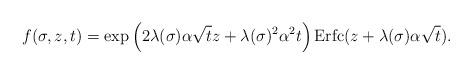
LaTeX: \begin{align*}f(\sigma,z,t)= \exp\left(2\lambda(\sigma) \alpha \sqrt{t}z+\lambda(\sigma)^2\alpha^2t\right) \operatorname{Erfc}(z+\lambda(\sigma) \alpha\sqrt{t}).\end{align*}